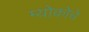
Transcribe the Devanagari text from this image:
म्योकोचे